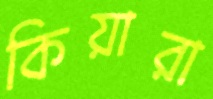
কিয়ারা